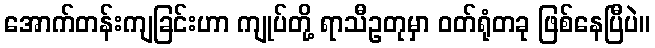
အောက်တန်းကျခြင်းဟာ ကျုပ်တို့ ရာသီဥတုမှာ ဝတ်ရုံတခု ဖြစ်နေပြီပဲ။